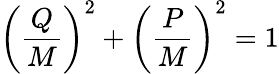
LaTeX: \left({\frac{Q}{M}}\right)^{2}+\left({\frac{P}{M}}\right)^{2}=1